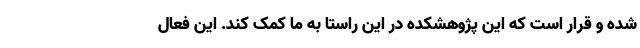
شده و قرار است که این پژوهشکده در این راستا به ما کمک کند. این فعال